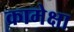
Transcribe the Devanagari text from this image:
कामेक्षा